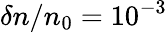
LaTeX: \delta n/n_{0}=10^{-3}